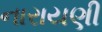
નારાયણી